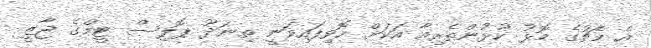
އެ މެޗުގެ މޮޅު ކުޅުންތެރިއާ އަކަށް ހޮވިފައިވަނީ ތިނަދޫ ޕޮލިސް ޓީމްގެ ޖާޒީ